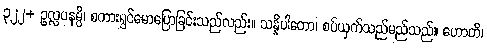
၃၂၂+ ဥလ္လပနမ္ပိ၊ စကားရွှင်မောပြောခြင်းသည်လည်း။ သန္နိပါတော၊ စပ်ယှက်သည်မည်သည်။ ဟောတိ၊